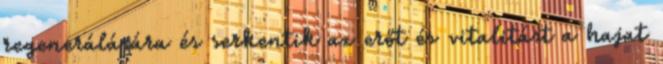
regenerálására és serkentik az erőt és vitalitást a hajat